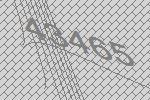
43465